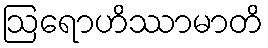
ဩရောဟိဿာမာတိ